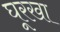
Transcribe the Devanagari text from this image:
घूरखा